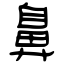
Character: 鼻